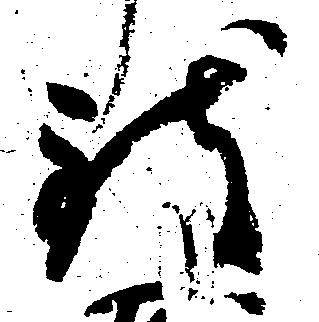
致